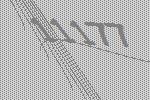
11177